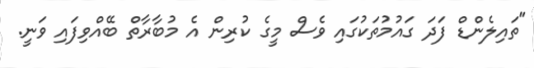
"ތައިލެންޑް ފަދަ ގައުމުތަކުގައި ވެސް މީގެ ކުރިން އެ މުބާރާތް ބޭއްވިފައި ވަނީ.